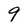
Character: 9